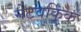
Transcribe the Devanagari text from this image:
नेटवर्किंक